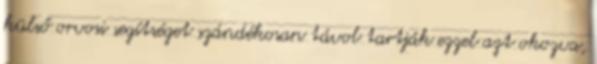
külső orvosi segítséget szándékosan távol tartják ezzel azt okozva,